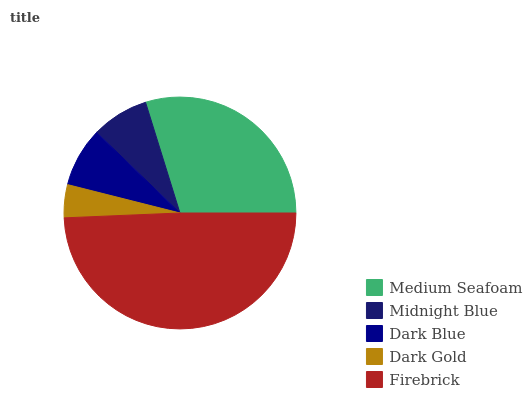
| Medium Seafoam | Midnight Blue | Dark Blue | Dark Gold | Firebrick |
 | --- | --- | --- | --- | --- |
 | 29.8% | 7.98% | 8.29% | 4.6% | 49.4% |